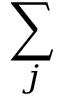
\sum _ { j }